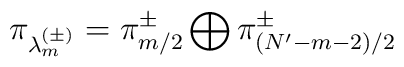
\pi_{\lambda^{(\pm)}_m} = \pi^{\pm}_{m/2} \bigoplus\pi^{\pm}_{(N'-m-2)/2}